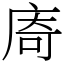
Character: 㢊